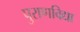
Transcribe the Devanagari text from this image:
पुराणविद्या